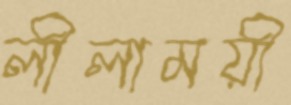
লীলাময়ী